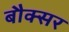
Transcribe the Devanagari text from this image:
बौक्सर